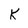
Character: K